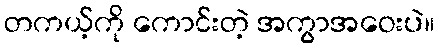
တကယ့်ကို ကောင်းတဲ့ အကွာအဝေးပဲ။